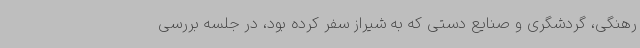
رهنگی، گردشگری و صنایع دستی که به شیراز سفر کرده بود، در جلسه بررسی